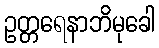
ဥတ္တရေနာဘိမုခေါ